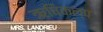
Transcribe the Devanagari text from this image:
ऋषिकल्प